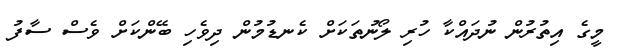
މީގެ އިތުރުން ނުދައްކާ ހުރި ލޯނުތަކަށް ކެނޑުމުން ދިވެހި ބޭންކަށް ވެސް ސާފު